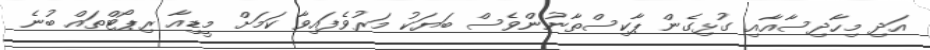
އަދި މިހާދިސާއާއި ގުޅިގެން ޕާކިސްތާނުންވެސް ބަޔަކު މަރުވެފައިވާ ކަމަށް މީޑިއާ ރިޕޯޓްތައް ބުނެ